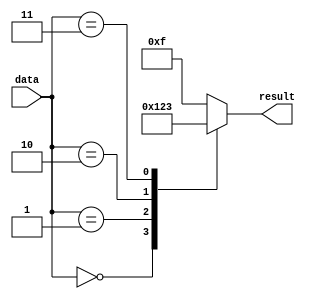
module simple_case (
    input [3:0] data,
    output reg [3:0] result
);

always @(*)
begin
    case(data)
        4'b0000: result = 4'b0000; // If data is 0000, result is 0000
        4'b0001: result = 4'b0001; // If data is 0001, result is 0001
        4'b0010: result = 4'b0010; // If data is 0010, result is 0010
        4'b0011: result = 4'b0011; // If data is 0011, result is 0011
        default: result = 4'b1111; // For all other cases, result is 1111
    endcase
end

endmodule